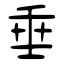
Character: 垂